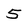
Character: 5